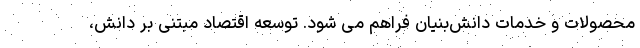
محصولات و خدمات دانش‌بنیان فراهم می شود. توسعه اقتصاد مبتنی بر دانش،